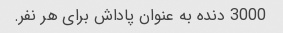
3000 دنده به عنوان پاداش برای هر نفر.